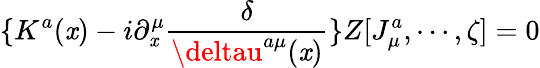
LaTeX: \{ K^{a}(\mathit{x})-i\partial_{\mathit{x}}^{\mu}\frac{\delta}{{\deltau^{a\mu}(\mathit{x})}}\} Z[J_{\mu}^{a},\cdots,\zeta]=0